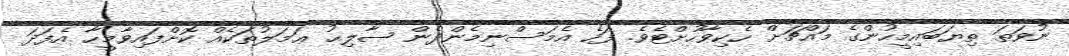
ނުވަތަ ތިޔަބައިމީހުންގެ މައްޗަށް ހެކިވާހުށްޓެވެ. ފަހެ އެމަސްނިމެންދެން ޞާލިޙު ޢަމަލުތަކެއް ކޮށްފައިވާމީހާ އެފަދަ